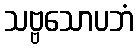
သဗ္ဗသောပဘံ